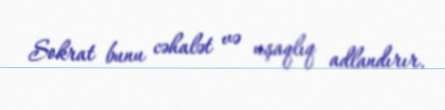
Sokrat bunu cəhalət və uşaqlıq adlandırır.